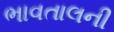
ભાવતાલની